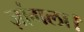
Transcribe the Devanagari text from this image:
ज़ांगला।